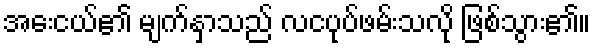
အေးငယ်၏ မျက်နှာသည် လငပုပ်ဖမ်းသလို ဖြစ်သွား၏။